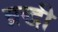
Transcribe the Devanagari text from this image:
व्रद्धी